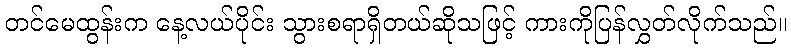
တင်မေထွန်းက နေ့လယ်ပိုင်း သွားစရာရှိတယ်ဆိုသဖြင့် ကားကိုပြန်လွှတ်လိုက်သည်။